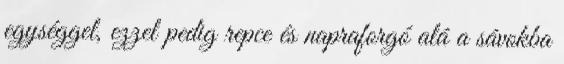
egységgel, ezzel pedig repce és napraforgó alá a sávokba